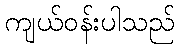
ကျယ်ဝန်းပါသည်